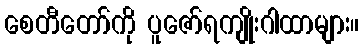
စေတီတော်ကို ပူဇော်ရကျိုးဂါထာများ။